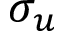
\sigma _ { u }